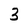
Character: 3